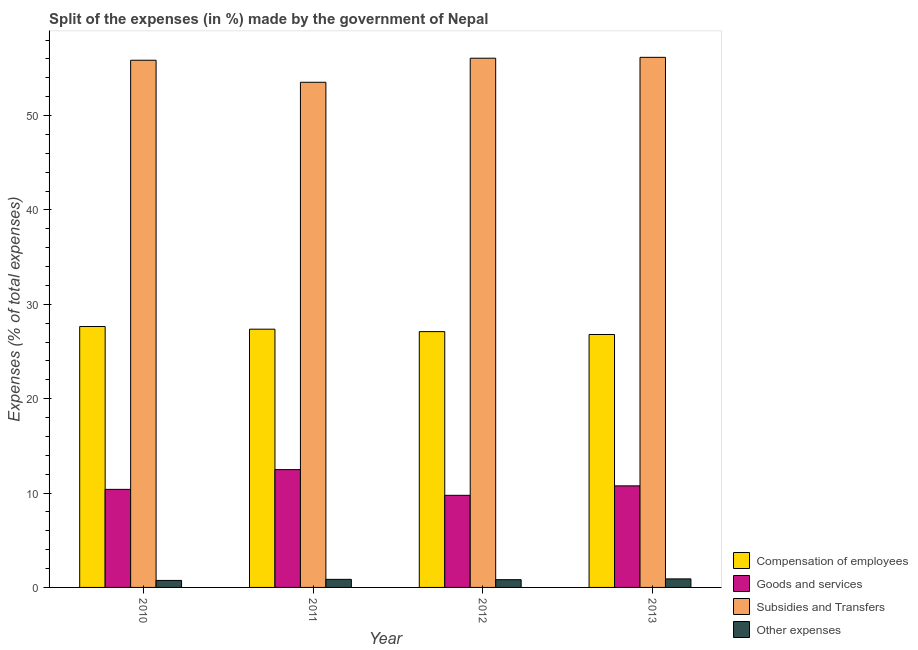
| Year | Compensation of employees | Goods and services | Subsidies and Transfers | Other expenses |
 | --- | --- | --- | --- | --- |
 | 2010 | 27.6 | 10.4 | 55.9 | 0.742 |
 | 2011 | 27.4 | 12.5 | 53.5 | 0.856 |
 | 2012 | 27.1 | 9.76 | 56.1 | 0.821 |
 | 2013 | 26.8 | 10.8 | 56.2 | 0.905 |